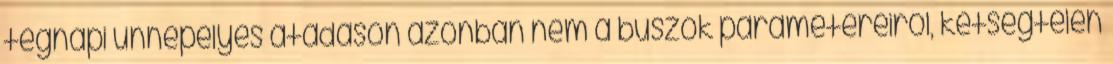
tegnapi ünnepélyes átadáson azonban nem a buszok paramétereiről, kétségtelen